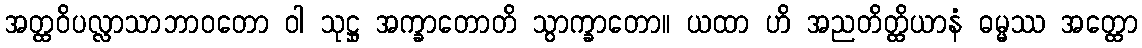
အတ္ထဝိပလ္လာသာဘာဝတော ဝါ သုဋ္ဌု အက္ခာတောတိ သွာက္ခာတော။ ယထာ ဟိ အညတိတ္ထိယာနံ ဓမ္မဿ အတ္ထော